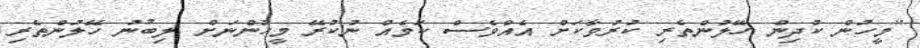
"މީހުން ކުދިން ހޭލުންތެރި ކުރުވާކަށް އެއްވެސް ކަމެއް ނުކުރޭ މީހުންނަށް ލިބުނު ހޭލުންތެރި